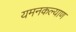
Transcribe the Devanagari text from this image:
यमनकल्याण